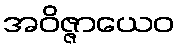
အဝိဇ္ဇာယေဝ